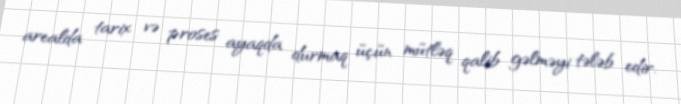
arealda tarix və proses ayaqda durmaq üçün mütləq qalib gəlməyi tələb edir.